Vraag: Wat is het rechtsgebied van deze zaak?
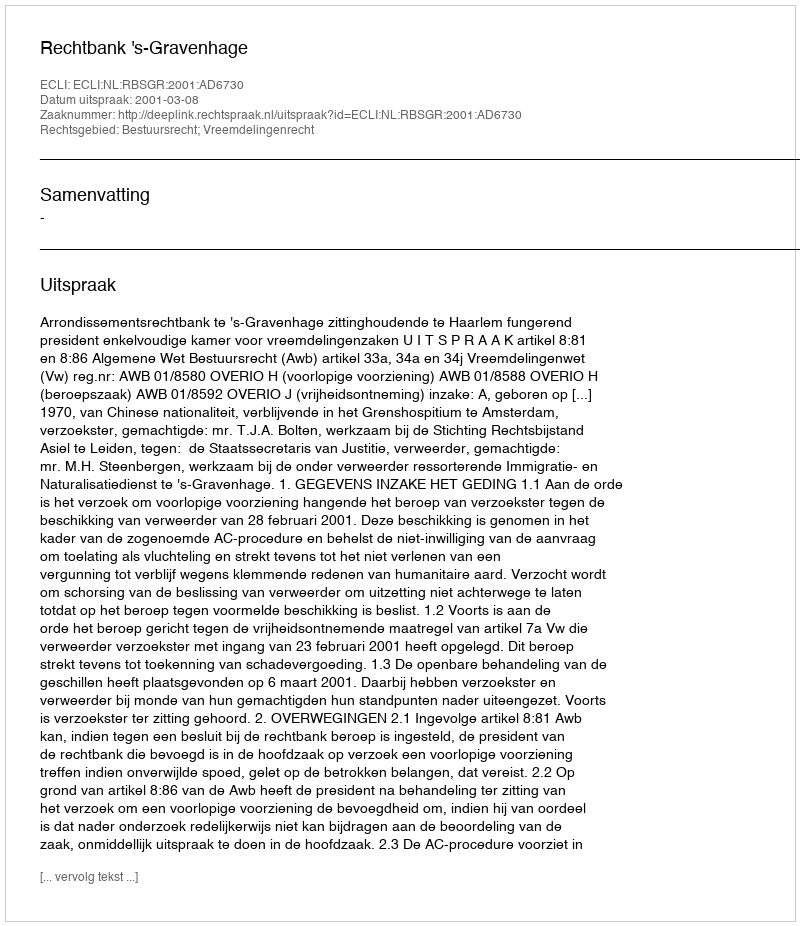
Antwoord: Bestuursrecht; Vreemdelingenrecht